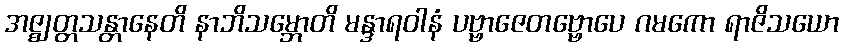
အဇ္ဈတ္တသန္တာနေတိ နာဘိသမ္ဘောတိ မန္ဒာရဝါနံ ပဗ္ဗာဇေတဗ္ဗောပေ ဂမကော ရာဇိသယော